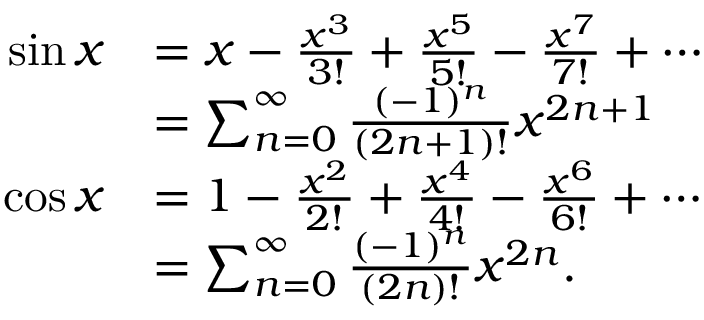
{ \begin{array} { r l } { \sin x } & { = x - { \frac { x ^ { 3 } } { 3 ! } } + { \frac { x ^ { 5 } } { 5 ! } } - { \frac { x ^ { 7 } } { 7 ! } } + \cdots } \\ & { = \sum _ { n = 0 } ^ { \infty } { \frac { ( - 1 ) ^ { n } } { ( 2 n + 1 ) ! } } x ^ { 2 n + 1 } } \\ { \cos x } & { = 1 - { \frac { x ^ { 2 } } { 2 ! } } + { \frac { x ^ { 4 } } { 4 ! } } - { \frac { x ^ { 6 } } { 6 ! } } + \cdots } \\ & { = \sum _ { n = 0 } ^ { \infty } { \frac { ( - 1 ) ^ { n } } { ( 2 n ) ! } } x ^ { 2 n } . } \end{array} }